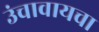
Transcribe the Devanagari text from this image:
उंचावायचा